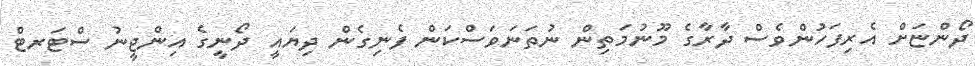
ދޯންޏަށް އެރިފަހުންވެސް ދާރާގެ މޫނުމަތިން ނުތަނަވަސްކަން ފެނިގެން ދިޔައީ ދޯނީގެ އިންޖީނު ސްޓަރޓް